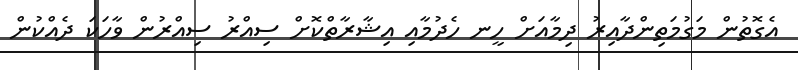
އެގޮތުން މަގުމަތިންދާއިރު ދިމާއަށް ހީނ ހެދުމާއި އިޝާރާތްކޮށް ސިއްރު ސިއްރުން ވާހަކަ ދެއްކުން